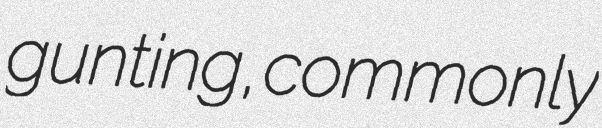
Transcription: gunting, commonly